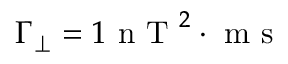
\Gamma _ { \perp } = 1 \mathrm { ~ n ~ T ~ } ^ { 2 } \cdot \mathrm { ~ m ~ s ~ }